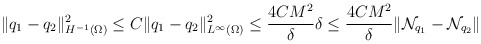
\begin{align*}\begin{aligned} \Vert q_{1}-q_{2} \Vert^{2}_{H^{-1}(\Omega)} \leq C \Vert q_{1}-q_{2} \Vert^{2}_{L^{\infty}(\Omega)} \leq \frac{4CM^{2}}{\delta} \delta \leq \frac{4CM^{2}}{\delta} \Vert \mathcal{N}_{q_{1}}-\mathcal{N}_{q_{2}} \Vert\end{aligned}\end{align*}